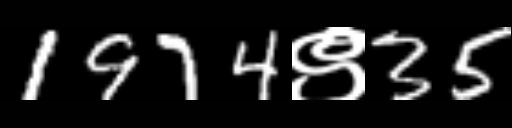
Text: 1974९35